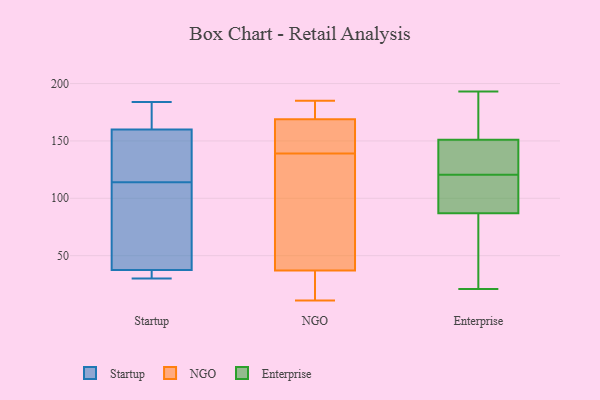
{"axis": {"x": "Production Output", "y": "Value"}, "legend": ["Enterprise", "NGO", "Startup"], "data": [{"x": "", "y": 112, "type": "Startup"}, {"x": "", "y": 30, "type": "Startup"}, {"x": "", "y": 116, "type": "Startup"}, {"x": "", "y": 184, "type": "Startup"}, {"x": "", "y": 173, "type": "Startup"}, {"x": "", "y": 147, "type": "Startup"}, {"x": "", "y": 140, "type": "Startup"}, {"x": "", "y": 182, "type": "Startup"}, {"x": "", "y": 39, "type": "Startup"}, {"x": "", "y": 36, "type": "Startup"}, {"x": "", "y": 51, "type": "Startup"}, {"x": "", "y": 36, "type": "Startup"}, {"x": "", "y": 158, "type": "NGO"}, {"x": "", "y": 32, "type": "NGO"}, {"x": "", "y": 21, "type": "NGO"}, {"x": "", "y": 166, "type": "NGO"}, {"x": "", "y": 63, "type": "NGO"}, {"x": "", "y": 134, "type": "NGO"}, {"x": "", "y": 11, "type": "NGO"}, {"x": "", "y": 144, "type": "NGO"}, {"x": "", "y": 168, "type": "NGO"}, {"x": "", "y": 29, "type": "NGO"}, {"x": "", "y": 179, "type": "NGO"}, {"x": "", "y": 185, "type": "NGO"}, {"x": "", "y": 42, "type": "NGO"}, {"x": "", "y": 177, "type": "NGO"}, {"x": "", "y": 170, "type": "NGO"}, {"x": "", "y": 118, "type": "NGO"}, {"x": "", "y": 193, "type": "Enterprise"}, {"x": "", "y": 44, "type": "Enterprise"}, {"x": "", "y": 132, "type": "Enterprise"}, {"x": "", "y": 169, "type": "Enterprise"}, {"x": "", "y": 87, "type": "Enterprise"}, {"x": "", "y": 99, "type": "Enterprise"}, {"x": "", "y": 165, "type": "Enterprise"}, {"x": "", "y": 119, "type": "Enterprise"}, {"x": "", "y": 122, "type": "Enterprise"}, {"x": "", "y": 98, "type": "Enterprise"}, {"x": "", "y": 151, "type": "Enterprise"}, {"x": "", "y": 148, "type": "Enterprise"}, {"x": "", "y": 21, "type": "Enterprise"}, {"x": "", "y": 50, "type": "Enterprise"}]}